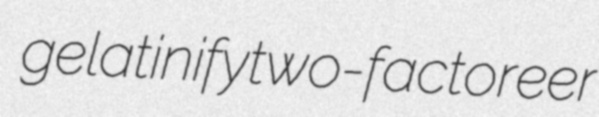
gelatinify two-factor eer